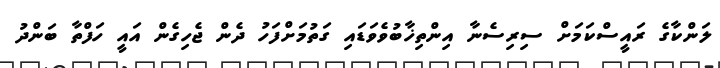
ލަންކާގެ ރައީސްކަމަށް ސިރިސެނާ އިންތިޚާބުވެވަޑައި ގަތުމަށްފަހު ދެން ޖެހިގެން އައީ ހަފްތާ ބަންދު